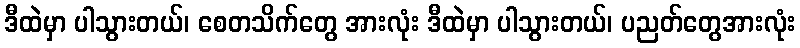
ဒီထဲမှာ ပါသွားတယ်၊ စေတသိက်တွေ အားလုံး ဒီထဲမှာ ပါသွားတယ်၊ ပညတ်တွေအားလုံး